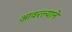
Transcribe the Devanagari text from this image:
आवरल्याने